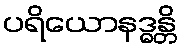
ပရိယောနဒ္ဓန္တိ